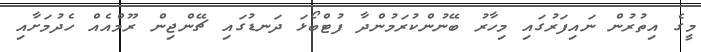
މީގެ އިތުރުން ނައިފަރުގައި މިހާރު ބޭނުންކުރަމުންދާ ފުޓްބޯޅަ ދަނޑުގައި ޗޭންޖިން ރޫމްއެއް ހެދުމަށާއި